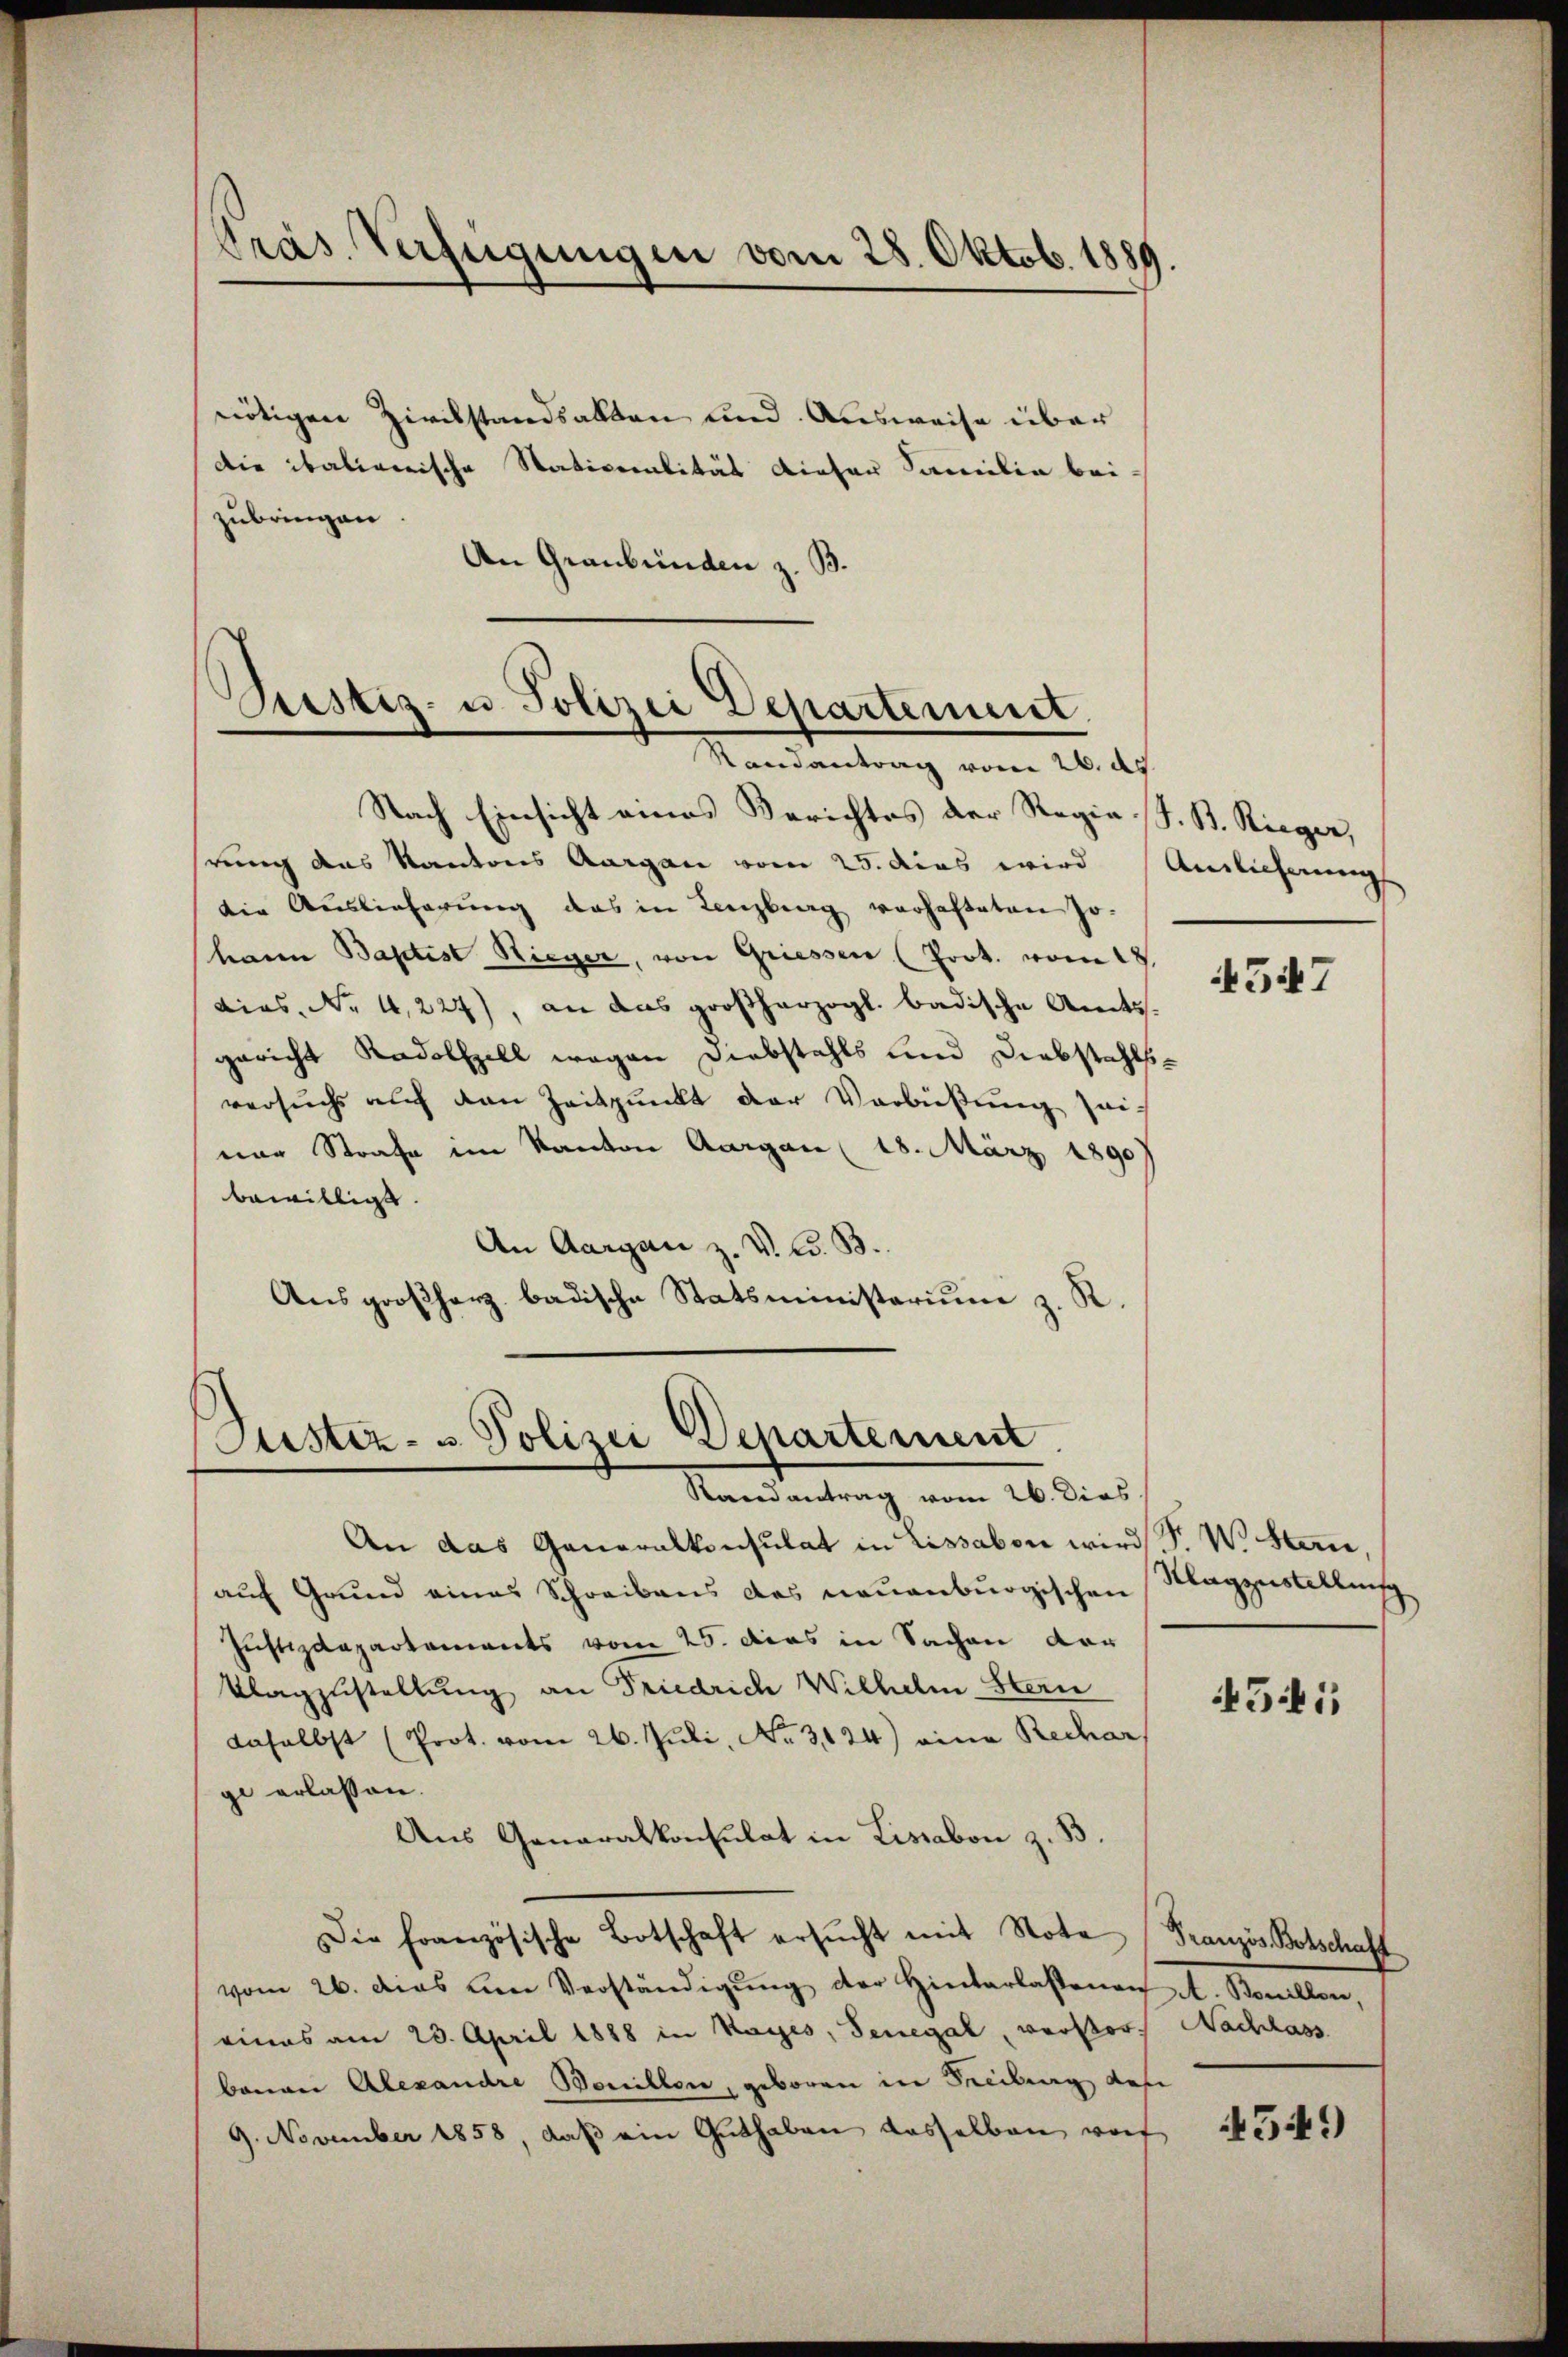
Präs. Verfügungen vom 28. Oktob. 1889.

nötigen Zivilstandsakten und Ausweise über
die italienische Nativeralität dieser Familie bei-
zubringen.
An Graubünden z. B.

Bestiz- u. Polizei Departement
Randantrag vom 26. d.

Nach Einsicht eines Berichtes der Regia S. B. Rieger,
rung das Kantons Aargau vom 25. dies wird Antlicherungs
die Auslieferung das in Lenzburg verhafteten Johann Baptist Rieger, von Griessen (Prot. vom 18.
Lies. No. 4,227), an das großherzogl. badische Amtsgericht Radolfzell wegen Diebstahls und Diebstahlsversuchs auch den Zeitpunkt der Verbüßung zei
nar Strafe im Kanton Aargau (18. März 1890
bewilligt.
An Aargau z. V. C. B.
Aŭsgroßherz badische Statsministerium z. R.

Justiz- u. Polizei Departement.
Randantrag vom 26. dies

An das Generalkonsulat in Lissabon wird F. W. Stern,
auf Grund eines Schreibens des neuenburgischen
Justizdepartements vom 25. das in Sache der
Klagzustellung an Friedrich Wilhelm Stern
daselbst (Prot. vom 26. Juli, No. 3124) eine Rechar
ge erlassen.
Aus Generalkonsulat in Lissabon z. B.
Die Französische Botschaft ersŭcht mit Note (Französ. Botschaft
vom 26. dies am Verständigŭng der Hinterlassenen A. Borellen,
rinas am 23. April 1888 in Hages, Senegal, verstors Nachlass
baurer Alexandre Bewillen, geboren in Freibung des
9. November 1858, daβ ein Guthaben dasselben wo 1556

4547

Klagenstellung

454